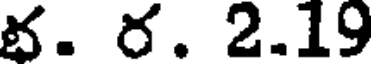
భ. ర. 2.19